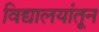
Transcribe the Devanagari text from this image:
विद्यालयांतून